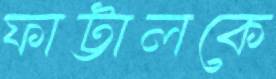
ফাট্টালকে